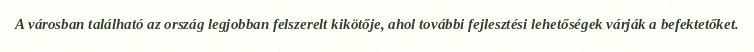
A városban található az ország legjobban felszerelt kikötője, ahol további fejlesztési lehetőségek várják a befektetőket.